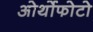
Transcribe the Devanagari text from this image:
ओर्थोफोटो